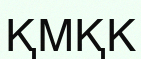
ҚМҚК